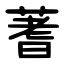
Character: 蓍